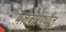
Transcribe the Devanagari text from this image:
मेलबोर्नमधील